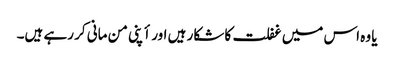
یا وہ اس میں غفلت کا شکار ہیں اور أپنی من مانی کر رہے ہیں۔